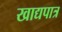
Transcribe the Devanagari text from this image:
खाद्यपात्र